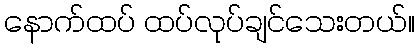
နောက်ထပ် ထပ်လုပ်ချင်သေးတယ်။